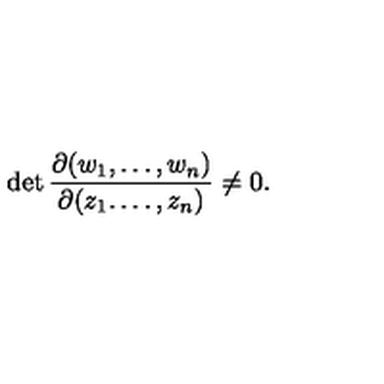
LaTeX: \det \frac { \partial ( w _ { 1 } , \dots , w _ { n } ) } { \partial ( z _ { 1 } . \dots , z _ { n } ) } \neq 0 .